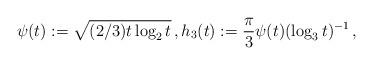
LaTeX: \begin{align*}\psi(t):=\sqrt{(2/3) t \log_2 t} \,, h_3(t):= \frac{\pi}{3} \psi(t) (\log_3 t)^{-1} \,,\end{align*}